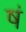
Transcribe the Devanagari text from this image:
षं